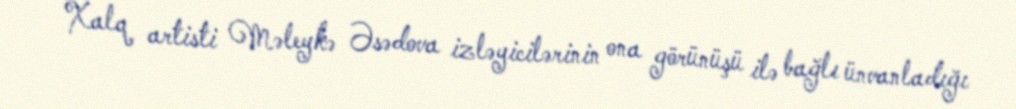
Xalq artisti Məleykə Əsədova izləyicilərinin ona görünüşü ilə bağlı ünvanladığı